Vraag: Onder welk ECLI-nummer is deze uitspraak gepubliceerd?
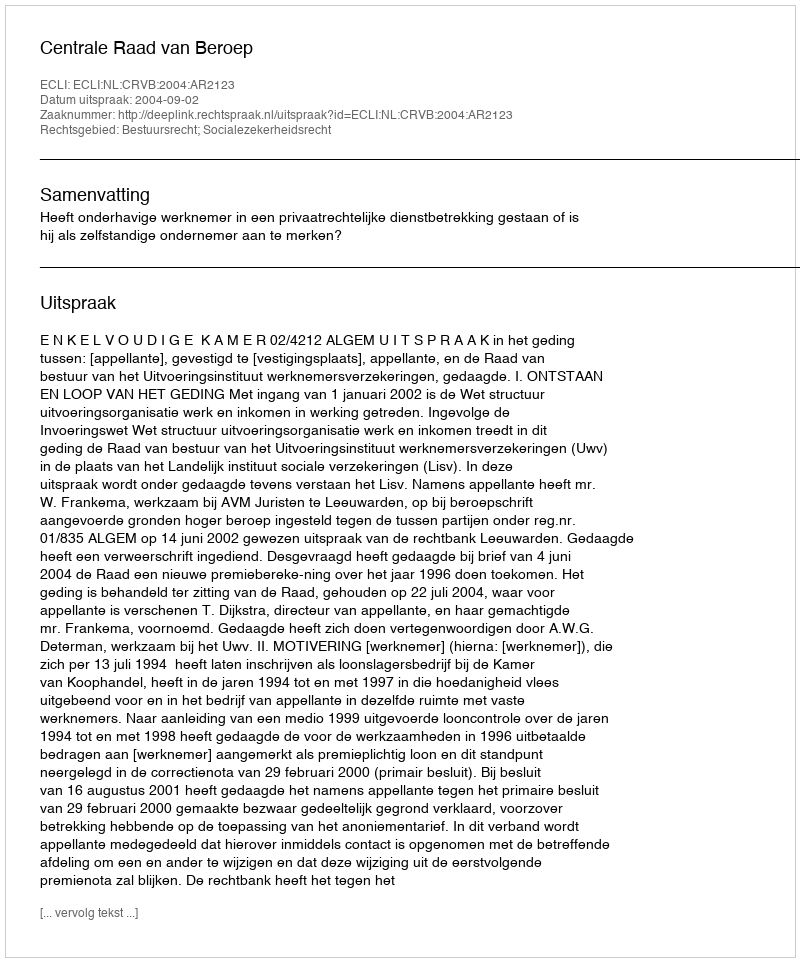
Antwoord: ECLI:NL:CRVB:2004:AR2123